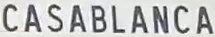
CASABLANCA